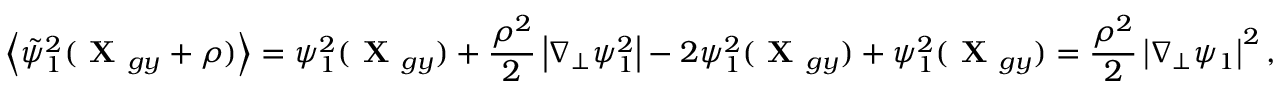
\left\langle \tilde { \psi } _ { 1 } ^ { 2 } ( \textbf { X } _ { g y } + \boldsymbol { \rho } ) \right\rangle = \psi _ { 1 } ^ { 2 } ( \textbf { X } _ { g y } ) + \frac { \rho ^ { 2 } } { 2 } \left| \nabla _ { \perp } \psi _ { 1 } ^ { 2 } \right| - 2 \psi _ { 1 } ^ { 2 } ( \textbf { X } _ { g y } ) + \psi _ { 1 } ^ { 2 } ( \textbf { X } _ { g y } ) = \frac { \rho ^ { 2 } } { 2 } \left| \nabla _ { \perp } \psi _ { 1 } \right| ^ { 2 } ,